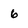
Character: 6